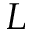
L